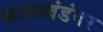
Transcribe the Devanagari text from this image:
कालखंडंवर